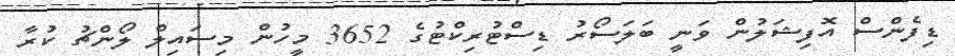
ޑިފެންސް އޮފިޝަލުން ވަނީ ބަލަސޯރު ޑިސްޓުރިކްޓުގެ 3652 މީހުން މިސައިލް ލޯންޗު ކުރާ